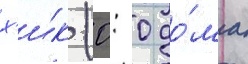
х'и́к (0: 0 до́ма